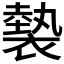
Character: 𧜼